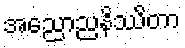
အညောညနိဿိတာ